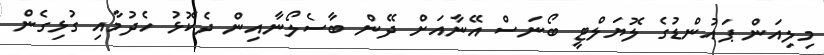
މިލިއަން ޕައުންޑުގެ ލޮޔަލްޓީ ބޯނަސް އޭނާއަށް ދޭން ބާސެލޯނާއިން ދެކޮޅު ހެދުމާއި ގުޅިގެން